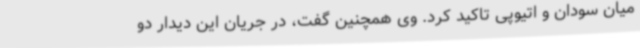
میان سودان و اتیوپی تاکید کرد. وی همچنین گفت، در جریان این دیدار دو